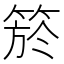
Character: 箊